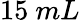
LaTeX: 15~mL